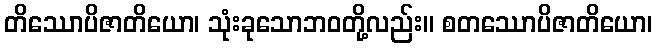
တိဿောပိဇာတိယော၊ သုံးခုသောဘဝတို့လည်း။ စတဿောပိဇာတိယော၊